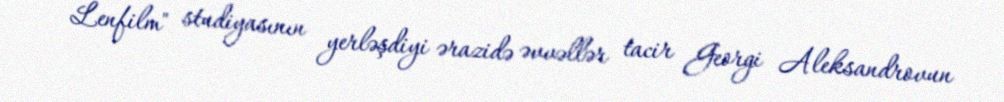
Lenfilm" studiyasının yerləşdiyi ərazidə əvvəllər tacir Georgi Aleksandrovun